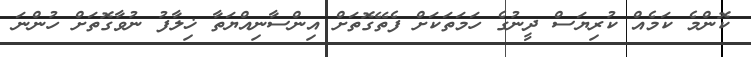
ކޮންމެ ކަމެއް ކުރިޔަސް ދީނުގެ ހަމަތަކަށް ފެތޭގޮތަށް އިންސާނިއްޔަތާ ޚިލާފު ނުވާގޮތަށް ހުންނަ